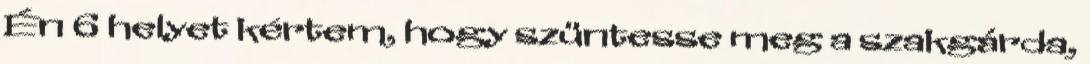
Én 6 helyet kértem, hogy szüntesse meg a szakgárda,